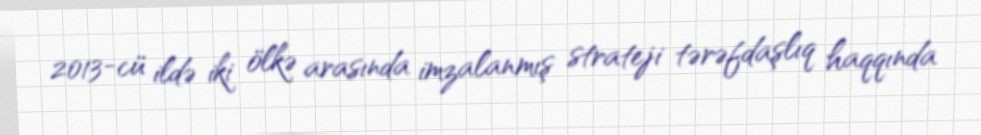
2013-cü ildə iki ölkə arasında imzalanmış strateji tərəfdaşlıq haqqında